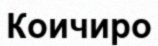
Коичиро